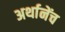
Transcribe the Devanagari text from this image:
अर्थानेंच